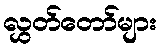
လွှတ်တော်များ